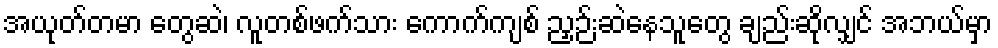
အယုတ်တမာ တွေဆဲ၊ လူတစ်ဖက်သား ကောက်ကျစ် ညှဉ်းဆဲနေသူတွေ ချည်းဆိုလျှင် အဘယ်မှာ